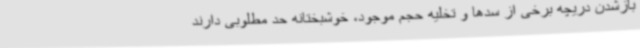
بازشدن دریچه برخی از سدها و تخلیه حجم موجود، خوشبختانه حد مطلوبی دارند